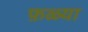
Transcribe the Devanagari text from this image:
फ़ळ्या